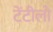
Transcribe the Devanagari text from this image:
टेंटीलो